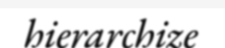
hierarchize